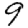
Digit: 9